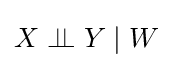
X\perp \!\!\!\perp Y\mid W